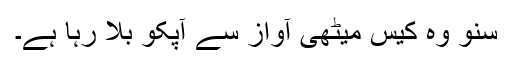
سُنو وہ کیس میٹھی آواز سے آپکو بلاُ رہا ہے۔